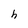
Character: h